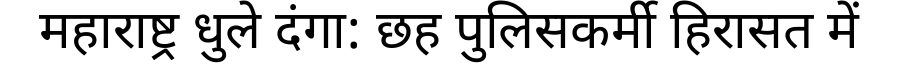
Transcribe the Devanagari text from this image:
महाराष्ट्र धुले दंगा: छह पुलिसकर्मी हिरासत में